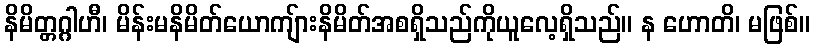
နိမိတ္တဂ္ဂါဟီ၊ မိန်းမနိမိတ်ယောကျ်ားနိမိတ်အစရှိသည်ကိုယူလေ့ရှိသည်။ န ဟောတိ၊ မဖြစ်။